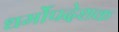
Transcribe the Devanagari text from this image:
धर्मोंपदेशक